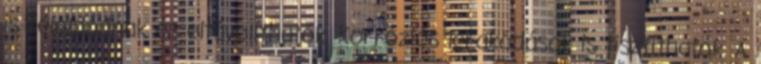
is feloldódnak és eltávolíthatók. Korróziós lerakódások is tisztíthatók. A